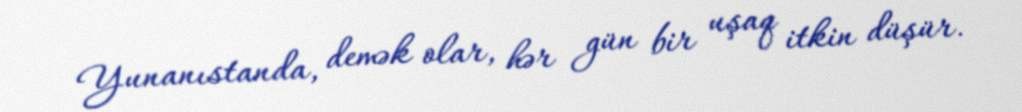
Yunanıstanda, demək olar, hər gün bir uşaq itkin düşür.